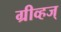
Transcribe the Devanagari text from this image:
ग्रीव्हज्